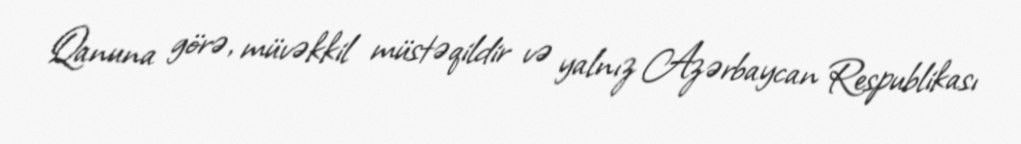
Qanuna görə, müvəkkil müstəqildir və yalnız Azərbaycan Respublikası